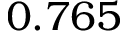
0 . 7 6 5